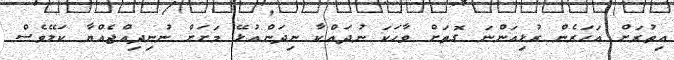
އިތުރަށް އަހަރެން ރުޅިއަންނަ ގޮތަށް ވާހަކަ ނުދައްކާ ނިދަންއުޅޭ މަށަށް ނުނިދިއްޖެއްޔާ ކަލޭވެސް